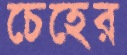
চেহের